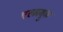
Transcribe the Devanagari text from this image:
एल्मब्रुक